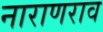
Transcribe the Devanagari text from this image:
नाराणराव